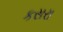
કસરા